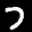
Label: 7